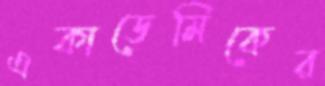
একাডেমিকের